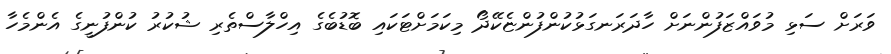
ވަރަށް ސަޅި މުވައްޒަފުންނަށް ހާދަރަނގަޅުކުންފުންޏެކޭދޯ މިކަމަށްޓަކައި ބޮޑުބެގެ އިހްލާސްތެރި ޝުކުރު ކުންފުނީގެ އެންމެހާ